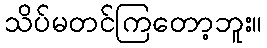
သိပ်မတင်ကြတော့ဘူး။